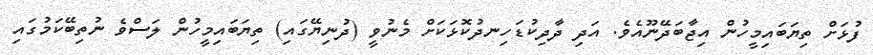
ފުޅަށް ތިޔަބައިމީހުން އިޖާބަދޭނޫއެވެ. އަދި ދާދިކުޑަހިނދުކޮޅަކަށް މެނުވީ (ދުނިޔޭގައި) ތިޔަބައިމީހުން ލަސްވެ ނުތިބޭކަމުގައި